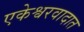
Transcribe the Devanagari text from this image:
एकेश्वरवादात